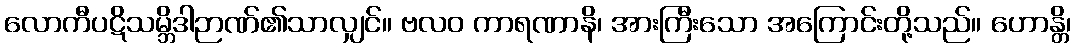
လောကီပဋိသမ္ဘိဒါဉာဏ်၏သာလျှင်။ ဗလဝ ကာရဏာနိ၊ အားကြီးသော အကြောင်းတို့သည်။ ဟောန္တိ၊